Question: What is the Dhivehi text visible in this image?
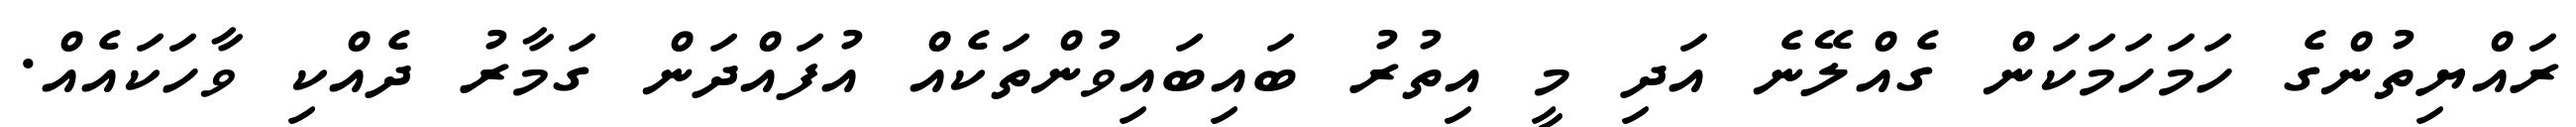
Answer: ރައްޔިތުންގެ ހަމަހަމަކަން ގެއްލޭނެ އަދި މީ އިތުރު ބައިބައިވުންތަކެއް އުފައްދަން ގަމާރު ދެއްކި ވާހަކައެއް.